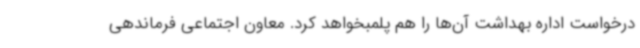
درخواست اداره بهداشت آن‌ها را هم پلمبخواهد کرد. معاون اجتماعی فرماندهی